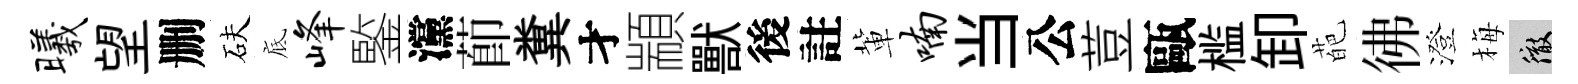
曦望删砆底峰鍳灙莭糞才顓獸後註軰喃当公荳甌槛卸葩彿澄梅徹